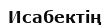
Исабектің